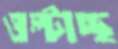
ওল্‌টাচ্ছ